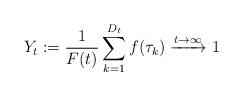
LaTeX: \begin{align*} Y_t &:= \frac1{F(t)}\sum_{k=1}^{D_t}f(\tau_k) \xrightarrow{t\to\infty}1 \end{align*}